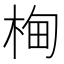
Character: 㭵